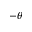
- \theta